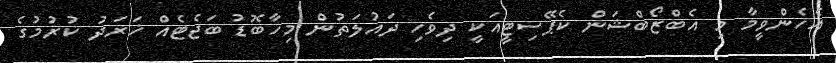
އެހެންވީމާ މި އެބްޒޯބްޝަން ކެޕޭސިޓީއަކީ ދިވެހި ދައުލަތުން މިހާބޮޑު ބަޖެޓެއް ޚަރަދު ކުރުމުގެ